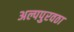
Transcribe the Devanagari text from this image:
अल्पपुरवठा